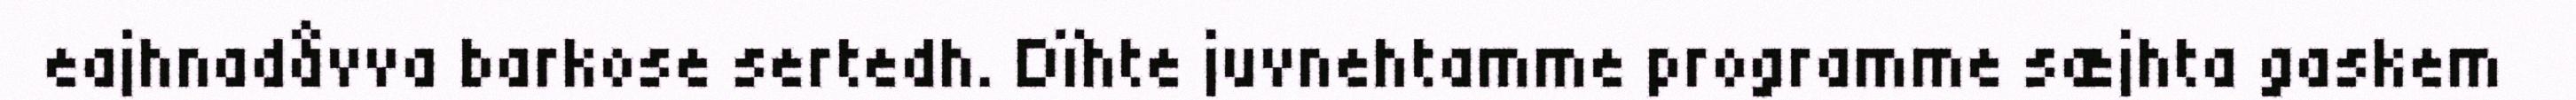
eajhnadåvva barkose sertedh. Dïhte juvnehtamme programme sæjhta gaskem